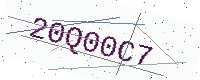
Text: 20Q00C7